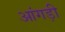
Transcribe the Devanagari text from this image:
आंगड़ी